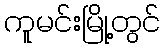
ကူမင်းမြို့တွင်